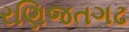
રણિજતગઢ